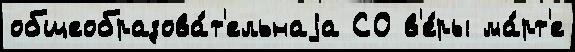
общеобразова́т'ельнаjа СО в'е́ры ма́рт'е